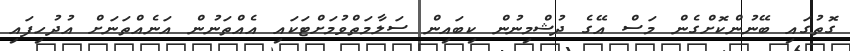
ގޮތުގައި ބޭނުންކޮށްގެން މަސް އޭގެ ދުޝްމިނުން ކިބައިން ސަލާމަތްވުމަށްޓަކައި އެއްތަނުން އަނެއްތަނަށް އުދުހިފައި